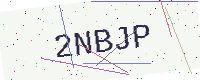
Text: 2NBJP